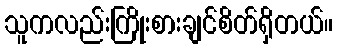
သူကလည်းကြိုးစားချင်စိတ်ရှိတယ်။